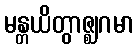
မန္တယိတွာဇ္ဈဂမာ